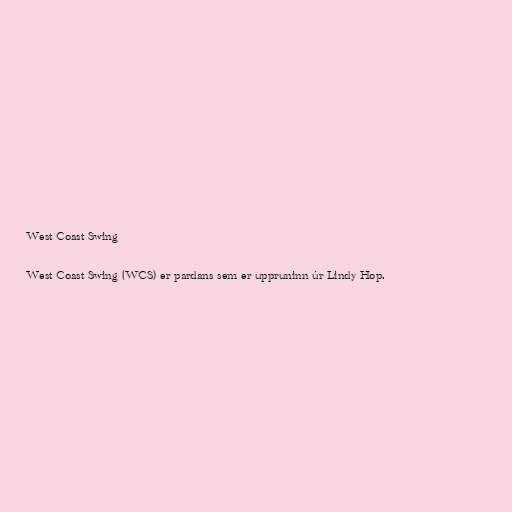
West Coast Swing

West Coast Swing (WCS) er pardans sem er uppruninn úr Lindy Hop.